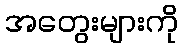
အတွေးများကို